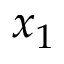
x _ { 1 }